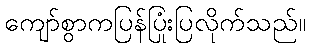
ကျော်စွာကပြန်ပြုံးပြလိုက်သည်။